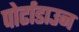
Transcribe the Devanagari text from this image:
पोर्टाडाउन